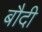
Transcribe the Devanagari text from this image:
बौदी